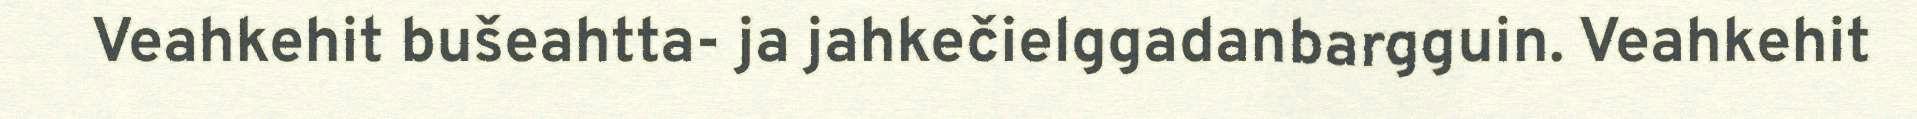
Veahkehit bušeahtta- ja jahkečielggadanbargguin. Veahkehit